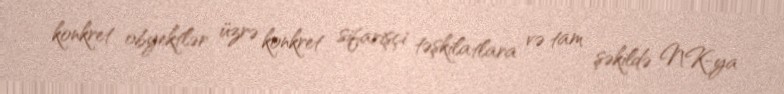
konkret obyektlər üzrə konkret sifarişçi təşkilatlara və tam şəkildə NK-ya